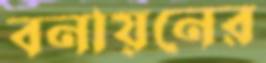
বনায়নের